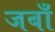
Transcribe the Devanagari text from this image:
जबाँ